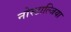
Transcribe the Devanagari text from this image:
नोस्टाल्जिया